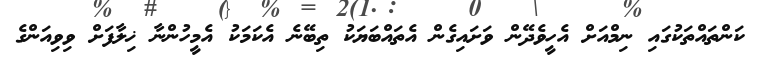
ކަންތައްތަކުގައި ނިމްއަށް އެހީވެދޭން ވަށައިގެން އެތައްބަޔަކު ތިބޭނެ އެކަމަކު އެމީހުންނާ ޚިލާފަށް ވިވިއަންގެ